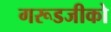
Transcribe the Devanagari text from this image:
गरूडजीको